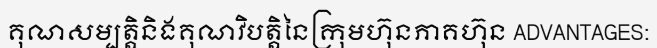
គុណសម្បត្តិនិងគុណវិបត្តិនៃក្រុមហ៊ុនភាគហ៊ុន ADVANTAGES: